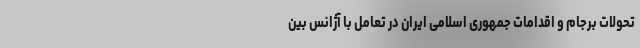
تحولات برجام و اقدامات جمهوری اسلامی ایران در تعامل با آژانس بین‌